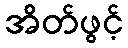
အိတ်ဖွင့်